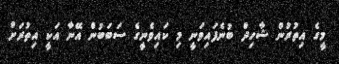
މީގެ އިތުރުން ޝާހިދް ބުނެފައިވަނީ މި ކައިވެނީގެ ސަބަބުން އޭނާ އަކީ އިތުރަށް